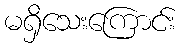
မရှိသေးကြောင်း